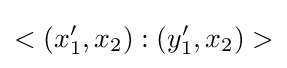
<(x'_{1},x_{2}):(y'_{1},x_{2})>